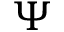
\boldsymbol { \Psi }